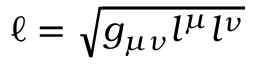
\ell = \sqrt { g _ { \mu \nu } l ^ { \mu } l ^ { \nu } }